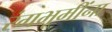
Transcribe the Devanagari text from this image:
रंगभूमींना